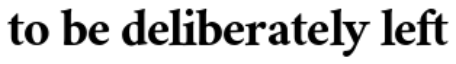
to be deliberately left